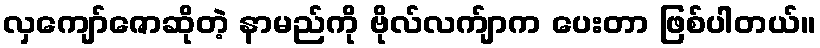
လှကျော်ဇောဆိုတဲ့ နာမည်ကို ဗိုလ်လက်ျာက ပေးတာ ဖြစ်ပါတယ်။